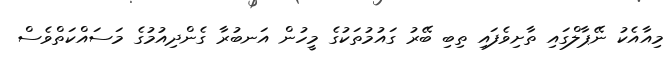
މިއާއެކު ނޭޕާލްގައި ތާށިވެފައި ތިބި ބޭރު ގައުމުތަކުގެ މީހުން އަނބުރާ ގެންދިއުމުގެ މަސައްކަތްވެސް